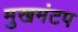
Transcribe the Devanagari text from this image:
मुखमंटप